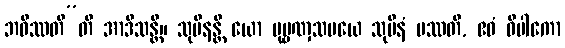
ဘဝိဿတီ”တိ အာဒိသန္တိ။ သုပိနန္တိ ယော ပုဗ္ဗဏှသမယေ သုပိနံ ပဿတိ, ဧဝံ ဝိပါကော